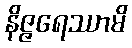
နိဇ္ဇရေဿာမိ